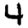
Digit: 4